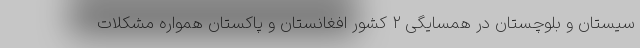
سیستان و بلوچستان در همسایگی ۲ کشور افغانستان و پاکستان همواره مشکلات